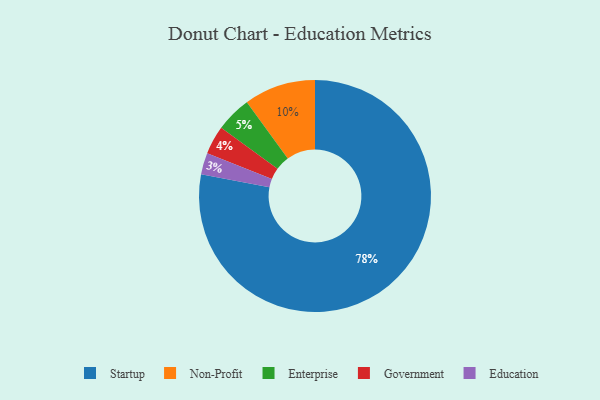
{"axis": {"x": "Category", "y": "Percentage"}, "legend": ["Education", "Enterprise", "Government", "Non-Profit", "Startup"], "data": [{"x": "Education", "y": 3, "type": "Education"}, {"x": "Startup", "y": 78, "type": "Startup"}, {"x": "Government", "y": 4, "type": "Government"}, {"x": "Non-Profit", "y": 10, "type": "Non-Profit"}, {"x": "Enterprise", "y": 5, "type": "Enterprise"}]}